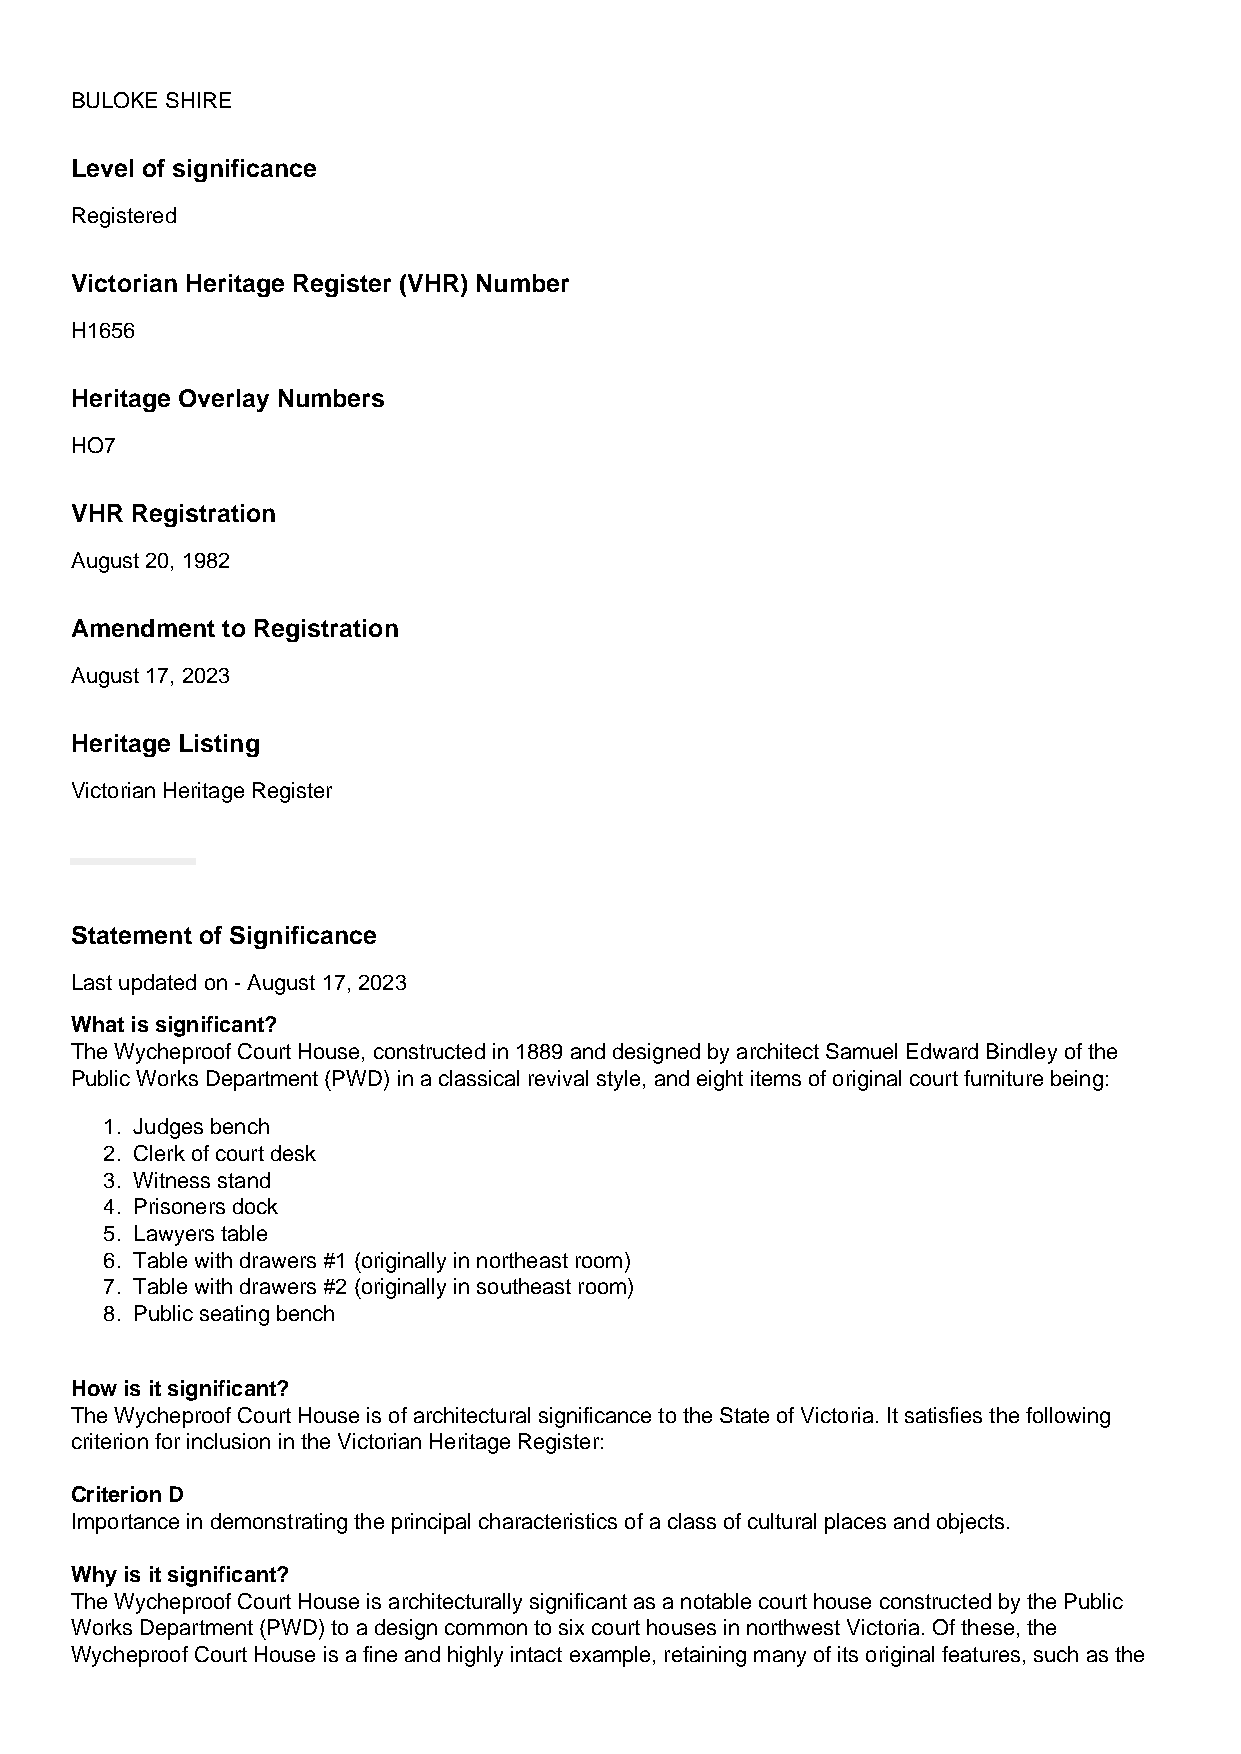
BULOKE SHIRE
 Level of significance
 Registered
 Victorian Heritage Register (VHR) Number
 H1656
 Heritage Overlay Numbers
 HO7
 VHR Registration
 August 20, 1982
 Amendment to Registration
 August 17, 2023
 Heritage Listing
 Victorian Heritage Register
 Statement of Significance
 Last updated on - August 17, 2023
 What is significant?
 The Wycheproof Court House, constructed in 1889 and designed by architect Samuel Edward Bindley of the
 Public Works Department (PWD) in a classical revival style, and eight items of original court furniture being:
 1. Judges bench
 2. Clerk of court desk
 3. Witness stand
 4. Prisoners dock
 5. Lawyers table
 6. Table with drawers #1 (originally in northeast room)
 7. Table with drawers #2 (originally in southeast room)
 8. Public seating bench
 How is it significant?
 The Wycheproof Court House is of architectural significance to the State of Victoria. It satisfies the following
 criterion for inclusion in the Victorian Heritage Register:
 Criterion D
 Importance in demonstrating the principal characteristics of a class of cultural places and objects.
 Why is it significant?
 The Wycheproof Court House is architecturally significant as a notable court house constructed by the Public
 Works Department (PWD) to a design common to six court houses in northwest Victoria. Of these, the
 Wycheproof Court House is a fine and highly intact example, retaining many of its original features, such as the